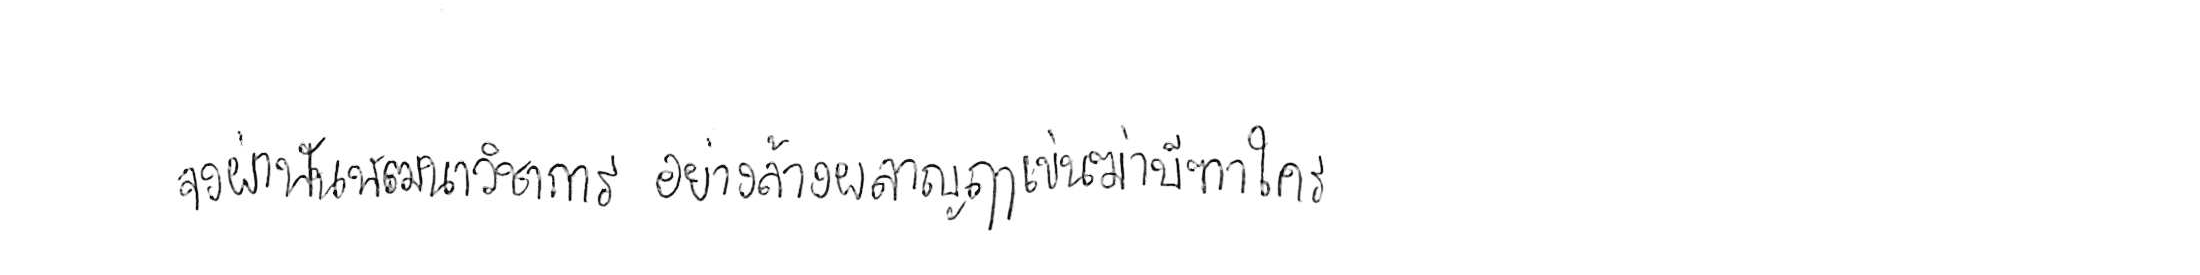
จงฝ่าฟันพัฒนาวิชาการ อย่าล้างผลาญฤๅเข่นฆ่าบีฑาใคร